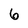
Character: 6